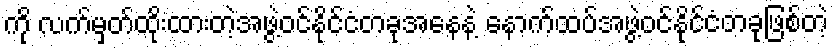
ကို လက်မှတ်ထိုးထားတဲ့အဖွဲ့ဝင်နိုင်ငံတခုအနေနဲ့ နောက်ထပ်အဖွဲ့ဝင်နိုင်ငံတခုဖြစ်တဲ့